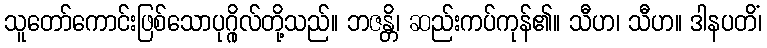
သူတော်ကောင်းဖြစ်သောပုဂ္ဂိုလ်တို့သည်။ ဘဇန္တိ၊ ဆည်းကပ်ကုန်၏။ သီဟ၊ သီဟ။ ဒါနပတိံ၊